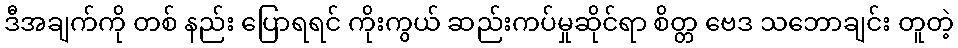
ဒီအချက်ကို တစ် နည်း ပြောရရင် ကိုးကွယ် ဆည်းကပ်မှုဆိုင်ရာ စိတ္တ ဗေဒ သဘောချင်း တူတဲ့